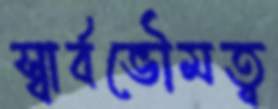
স্বার্বভৌমত্ব